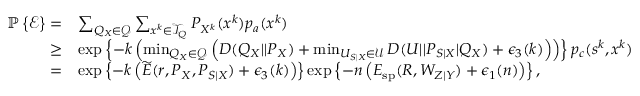
\begin{array} { r l } { \mathbb { P } \left\{ \mathcal { E } \right\} = } & { \sum _ { Q _ { X } \in \mathcal { Q } } \sum _ { x ^ { k } \in \mathcal { T } _ { Q } } P _ { X ^ { k } } ( x ^ { k } ) p _ { a } ( x ^ { k } ) } \\ { \geq } & { \exp \left\{ - k \left( \operatorname* { m i n } _ { Q _ { X } \in \mathcal { Q } } \left( D ( Q _ { X } | | P _ { X } ) + \operatorname* { m i n } _ { U _ { S | X } \in \mathcal { U } } D ( U | | P _ { S | X } | Q _ { X } ) + \epsilon _ { 3 } ( k ) \right) \right) \right\} p _ { c } ( s ^ { k } , x ^ { k } ) } \\ { = } & { \exp \left\{ - k \left( \widetilde { E } ( r , P _ { X } , P _ { S | X } ) + \epsilon _ { 3 } ( k ) \right) \right\} \exp \left\{ - n \left( E _ { \mathrm { s p } } ( R , W _ { Z | Y } ) + \epsilon _ { 1 } ( n ) \right) \right\} , } \end{array}